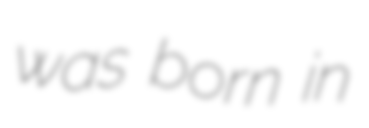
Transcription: was born in